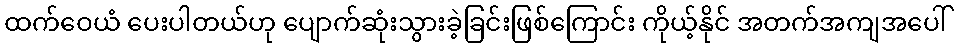
ထက်ဝေယံ ပေးပါတယ်ဟု ပျောက်ဆုံးသွားခဲ့ခြင်းဖြစ်ကြောင်း ကိုယ့်နိုင် အတက်အကျအပေါ်